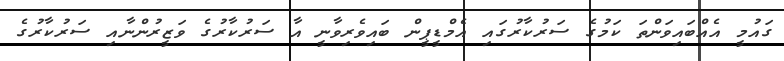
ގައުމީ އެއްބައިވަންތަ ކަމުގެ ސަރުކާރުގައި އެމްޑީޕީން ބައިވެރިވާނީ އާ ސަރުކާރުގެ ވަޒީރުންނާއި ސަރުކާރުގެ